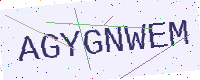
Text: AGYGNWEM